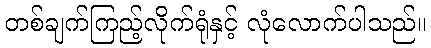
တစ်ချက်ကြည့်လိုက်ရုံနှင့် လုံလောက်ပါသည်။